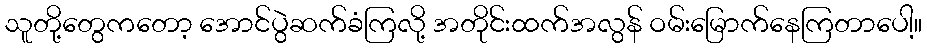
သူတို့တွေကတော့ အောင်ပွဲဆက်ခံကြလို့ အတိုင်းထက်အလွန် ဝမ်းမြောက်နေကြတာပေါ့။